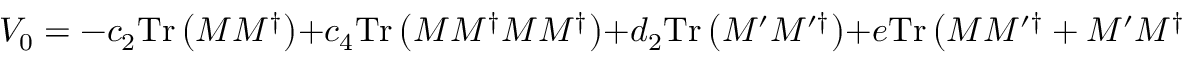
V _ { 0 } = - c _ { 2 } \mathrm { T r } \left( M M ^ { \dagger } \right) + c _ { 4 } \mathrm { T r } \left( M M ^ { \dagger } M M ^ { \dagger } \right) + d _ { 2 } \mathrm { T r } \left( M ^ { \prime } M ^ { \prime \dagger } \right) + e \mathrm { T r } \left( M M ^ { \prime \dagger } + M ^ { \prime } M ^ { \dagger } \right) .